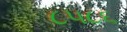
૮૫૮૬